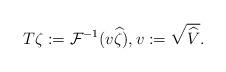
LaTeX: \begin{align*} T \zeta := \mathcal F^{-1} (v \widehat \zeta ), v := \sqrt{ \widehat V }.\end{align*}